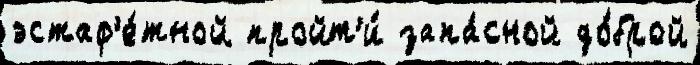
эстаф'е́тной пройт'и́ запа́сной до́брой